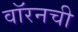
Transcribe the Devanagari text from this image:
वॉरनची